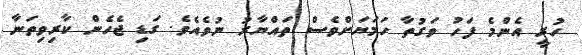
ހުރީ އެންމެ ފަހު ވަގުތާ ހަމަޔަށްވެސް ތައްޔާރު ނުވެއެވެ. ގަޑި ޖެހެން ކާރިވިތަނާ